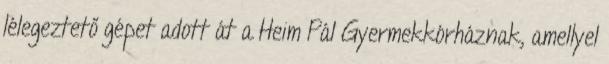
lélegeztető gépet adott át a Heim Pál Gyermekkórháznak, amellyel